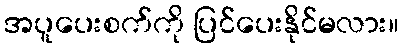
အပူပေးစက်ကို ပြင်ပေးနိုင်မလား။